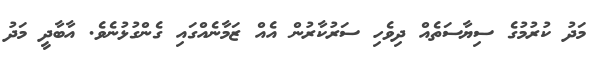
މަދު ކުރުމުގެ ސިޔާސަތެއް ދިވެހި ސަރުކާރުން އެއް ޒަމާނެއްގައި ގެންގުޅުނެވެ. އާބާދީ މަދު